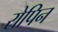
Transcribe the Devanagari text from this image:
रोपिन